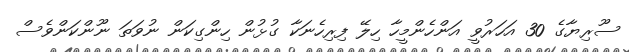
ސޫރިޔާގެ 30 އަހަރުވީ އަންހެންމީހާ ހިލޭ ފިރިހެނަކާ ގުޅުން ހިންގިކަން ނުވަތަ ނޫންކަންވެސް